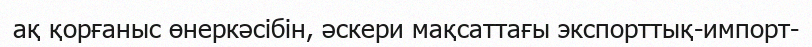
ақ қорғаныс өнеркәсібін, әскери мақсаттағы экспорттық-импорт-